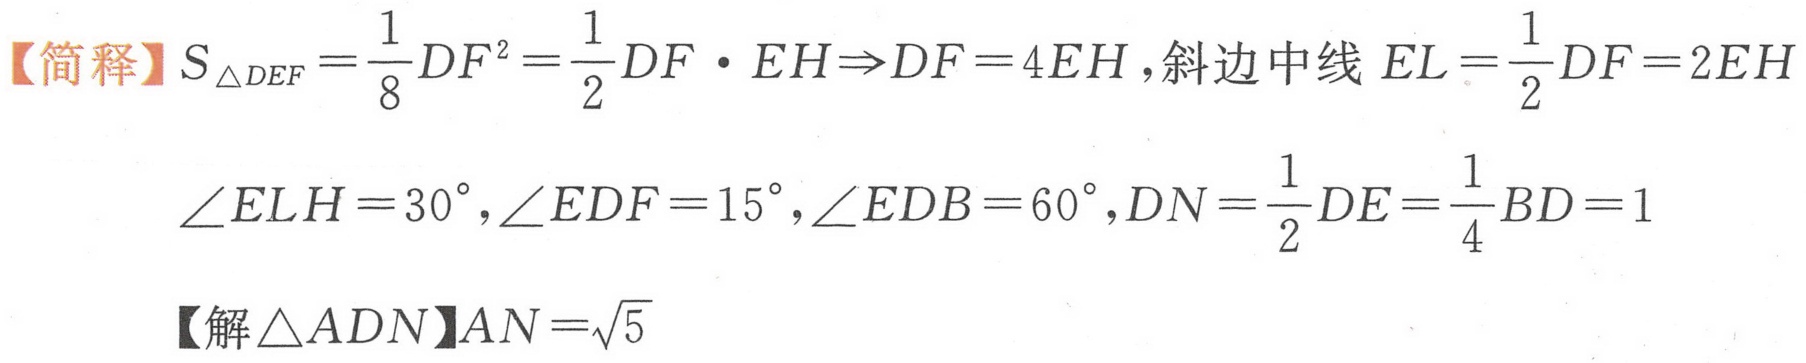
【简释】\(S_{\triangle DEF}=\frac{1}{8}DF^{2}=\frac{1}{2}DF\cdot EH\Rightarrow DF = 4EH\)，斜边中线\(EL=\frac{1}{2}DF = 2EH\)
\(\angle ELH = 30^{\circ},\angle EDF = 15^{\circ},\angle EDB = 60^{\circ},DN=\frac{1}{2}DE=\frac{1}{4}BD = 1\)
【解\(\triangle ADN\)】\(AN=\sqrt{5}\)